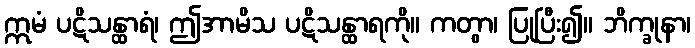
ဣမံ ပဋိသန္ထာရံ၊ ဤအာမိသ ပဋိသန္ထာရကို။ ကတွာ၊ ပြုပြီး၍။ ဘိက္ခုနာ၊